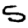
Digit: 5